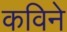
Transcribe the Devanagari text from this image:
कविने